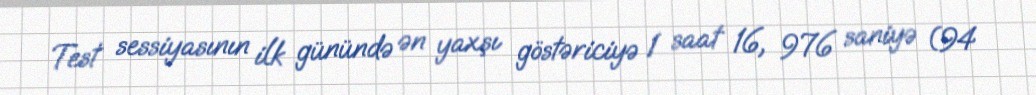
Test sessiyasının ilk günündə ən yaxşı göstəriciyə 1 saat 16, 976 saniyə (94